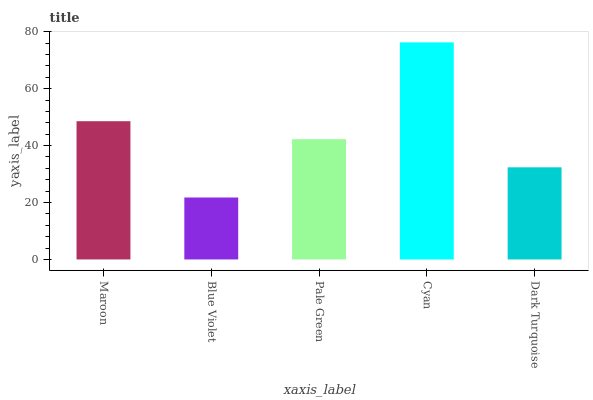
| xaxis_label | bars |
 | --- | --- |
 | Maroon | 48.6 |
 | Blue Violet | 21.8 |
 | Pale Green | 42.2 |
 | Cyan | 76.2 |
 | Dark Turquoise | 32.4 |